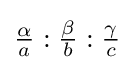
{\tfrac {\alpha }{a}}:{\tfrac {\beta }{b}}:{\tfrac {\gamma }{c}}